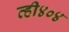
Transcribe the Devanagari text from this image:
व्ही४०४